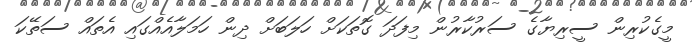
މީގެކުރިން ސީރިޔާގެ ސަރުކާރުން މިފަދަ ގޮތަކަށް ހަލަބަށް ދިން ހަމަލާއެއްގައި އެތައް ސަތޭކަ